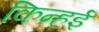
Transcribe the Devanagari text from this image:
किन्हई